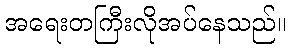
အရေးတကြီးလိုအပ်နေသည်။